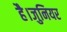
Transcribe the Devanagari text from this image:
है।जुनियर